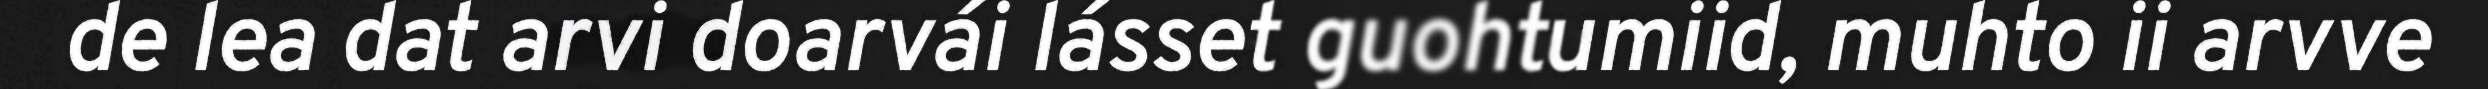
de lea dat arvi doarvái lásset guohtumiid, muhto ii arvve